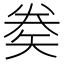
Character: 𥏇